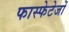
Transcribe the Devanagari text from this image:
फास्फेटेजों